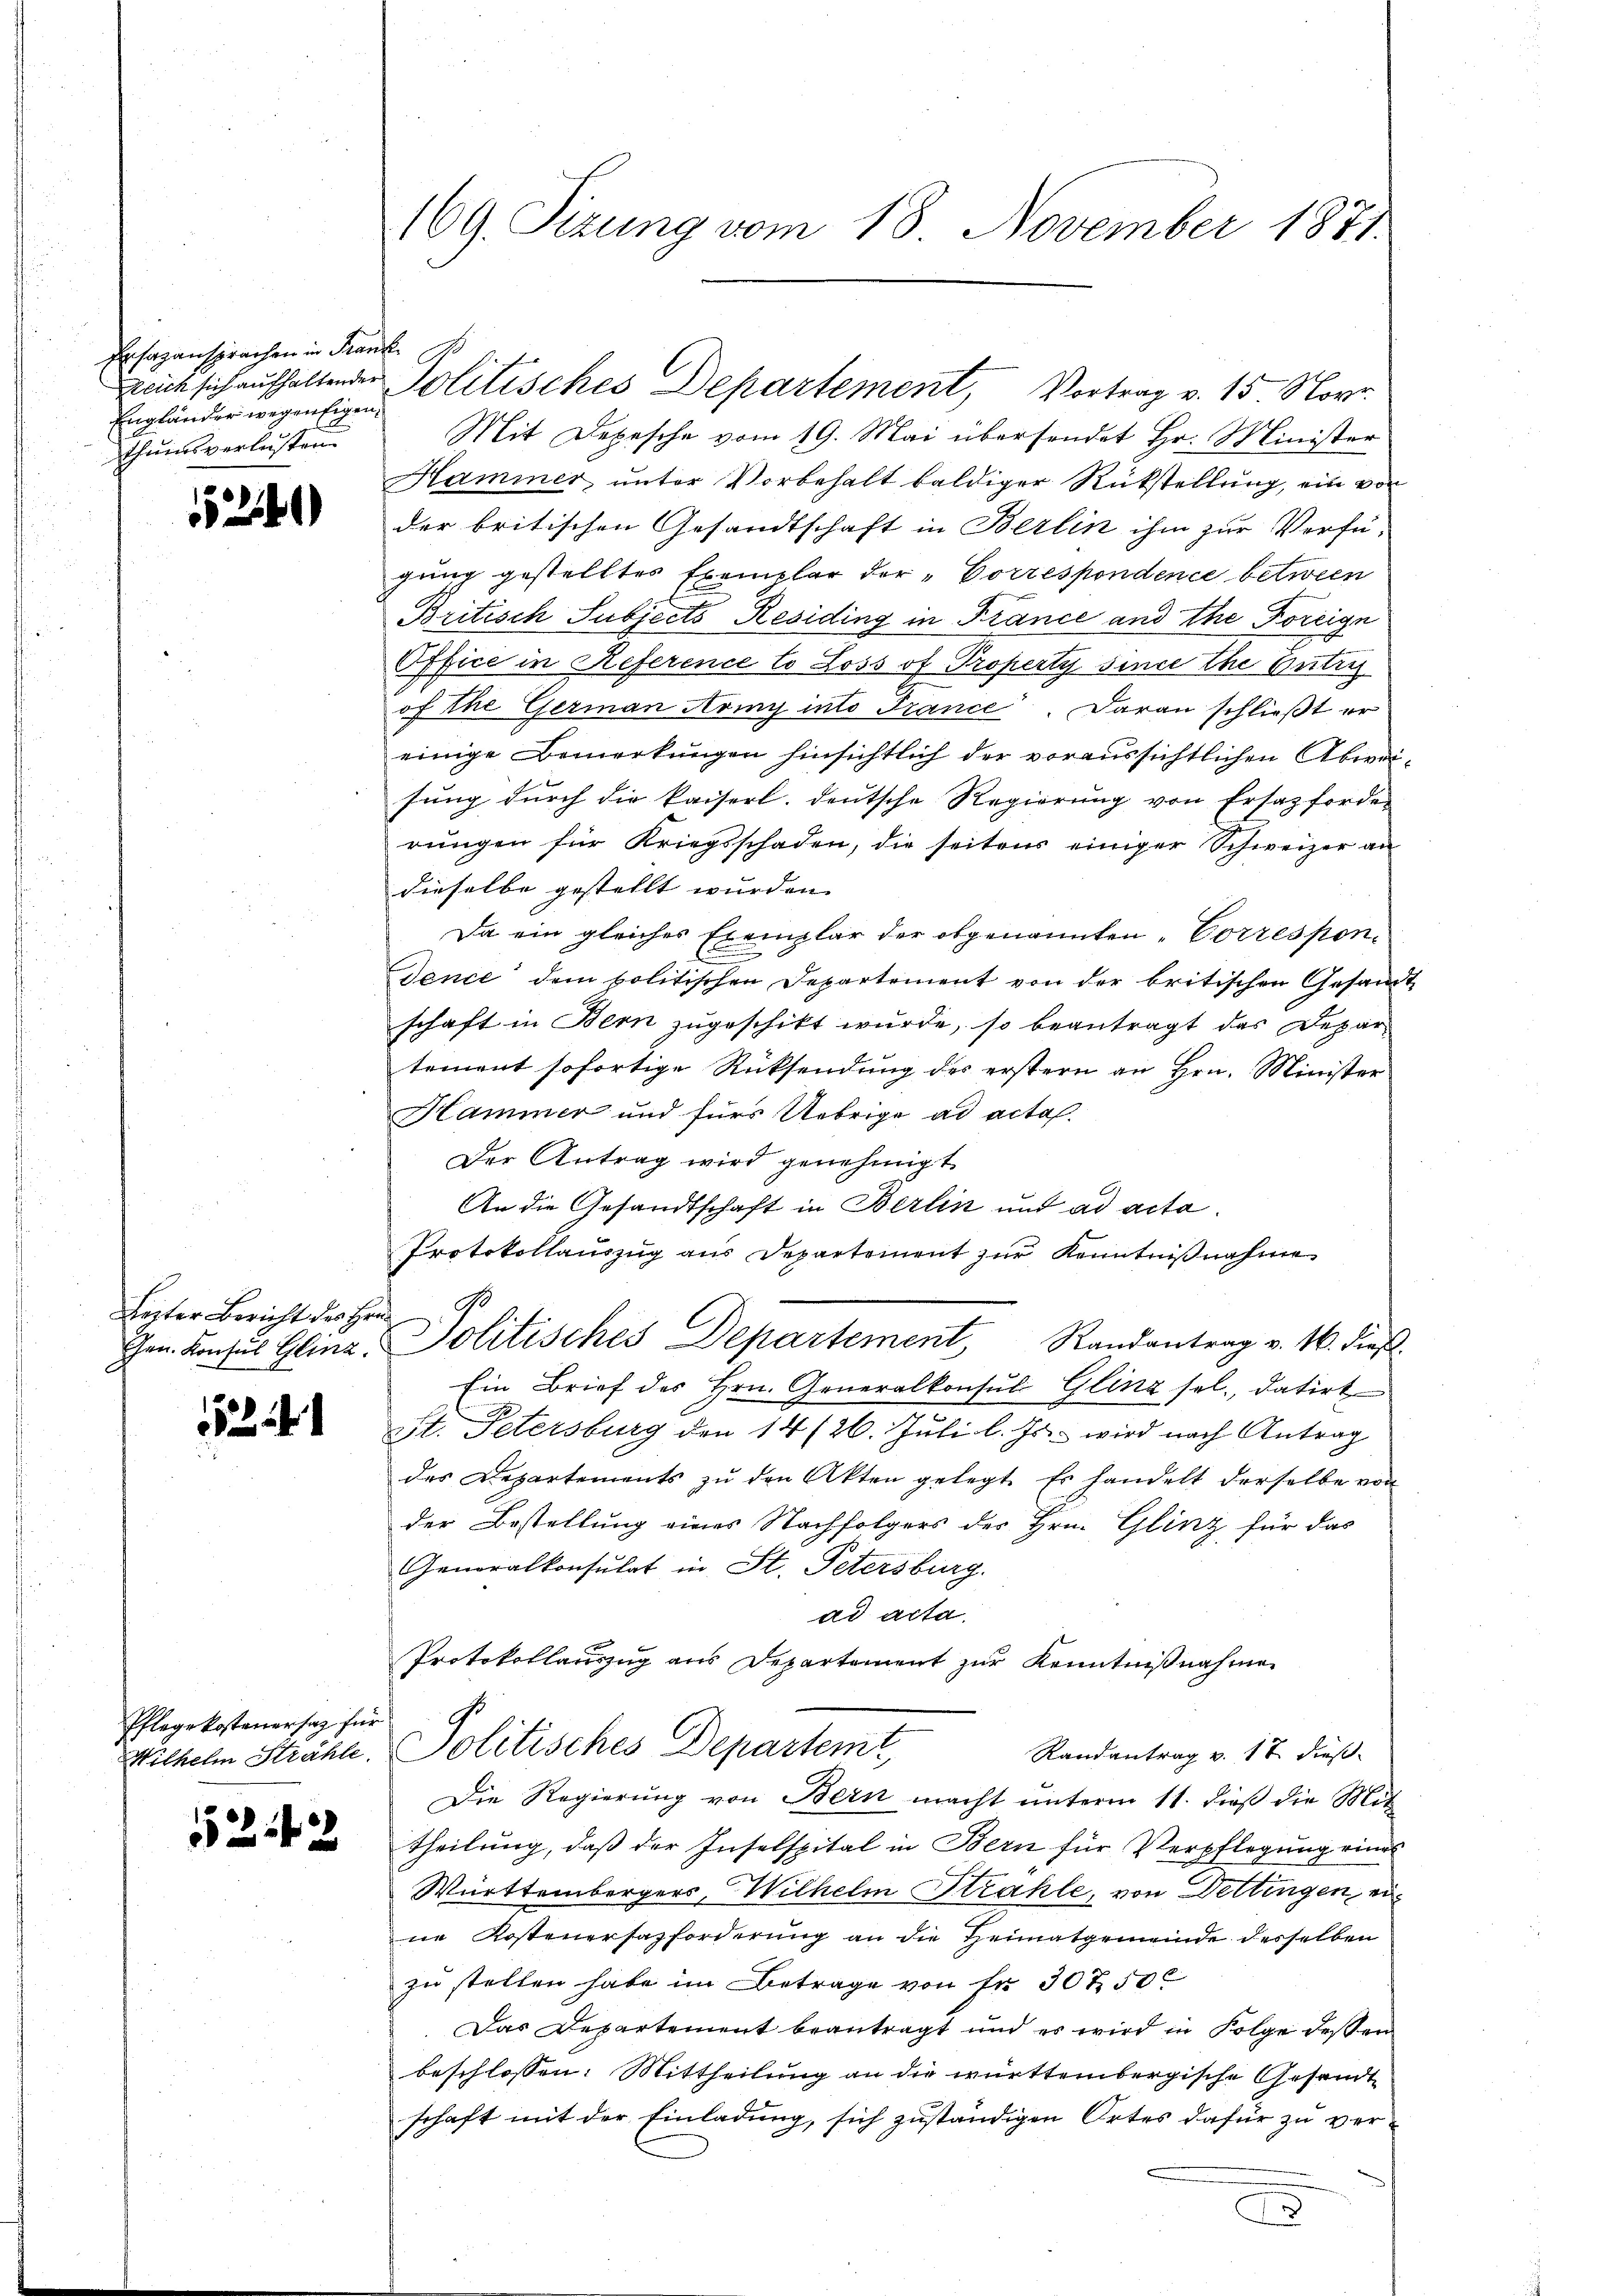
Ersazansprachen in Frank
Engländer wegen Eigen,
thumsverlusten.

1524

Leiter Bericht des Hr.

2

Pflegekosteuersatz in
Wilhelm Strahle

1521 f 23

169. Sizung vom 18. November 1871.

Mit Depesche vom 19. Mai übersendet Hr. Minister
Hammer, unter Vorbehalt baldiger Rückstellung, ein von
der britischen Gesandtschaft in Berlin ihm zur Verfü-
gung gestelltes Exemplar der „Correspondence betwein
Britisch Subjects Residing in France und the Foreign
Office in Reference lo Loss of Property sinde Ehe Entris
of the German Army into France. Daran schließt er
einige Bemerkungen hinsichtlich der voraussichtlichen Abwei-
sung durch die kaiserl. deutsche Regierung von Ersatzforder
rungen für Kriegsschaden, die seitens einiger Schweizer an
dieselbe gestellt wurden. |
Da ein gleiches Exemplar der obgenannten „Vorrespon-
dence dem politischen Departement von der britischen Gesamschaft in Bern zugeschikt wurde, so beantragt das Departement sofortige Rücksendung des erstern an Hrn. Minister
Hammer und fürs Uebrige ad acta.
Der Antrag wird genehmigt
An die Gesandtschaft in Berlin und ad acta
Protokollauszug aus Departement zur Kenntnißnahme
1
c
Gen. Konsŭl Glina Politisches Departement, Randantrag v. 16. dieβ.
Ein Brief des Hrn. Generalkonsul Glinz sel., datirt
St. Petersburg den 14/26. Juli l. Js. wird nach Antrag
des Departements zŭ den Akten gelegt. Es handelt derselbe von
der Bestellung eines Nachfolgers des Hrn. Glinz für das
Generalkonsulat in St. Petersburg.
ad acta.
Protokollauszug aus Departement zur Kenntnißnahmen
Politisches Departemt,
Randantrag v. 17. dieß
Die Regierung von Bern macht unterm 11. dieß die Mit
theilung, daß der Inselspital in Bern für Verpflegung eines
Württembergers, Wilhelm Strahle, von Dettingen, eine Kostenersazforderung an die Heimatgemeinde desselben
zu stellen habe im Betrage von Fr. 307. 50c
Das Departement beantragt und es wird in Folge dessen
beschlossen: Mittheilung an die württembergische Gesandt-
schaft mit der Einladung, sich zuständigen Ortes dafür zu vere

reich sich aufhaltender Politisches Departement, Vortrag v. 15 Nove